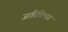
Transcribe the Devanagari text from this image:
जातिविभाग